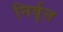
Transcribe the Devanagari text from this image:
निर्वृत्त